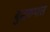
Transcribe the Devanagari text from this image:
बुद्धकपाल